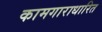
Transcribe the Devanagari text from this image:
कामगाराधारित